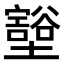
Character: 𫮺